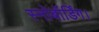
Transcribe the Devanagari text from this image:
स्नोबॉर्डिंग।